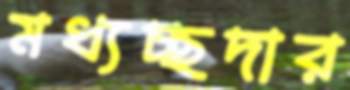
মধ্যচ্ছদার